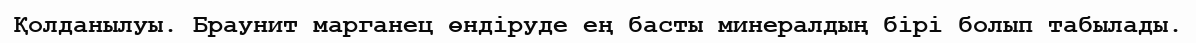
Қолданылуы. Браунит марганец өндіруде ең басты минералдың бірі болып табылады.